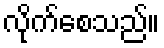
လိုက်စေသည်။